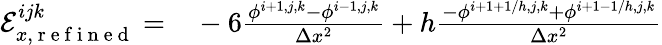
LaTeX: \begin{array}{rl}{\mathcal{E}_{x,\mathrm{~r~e~f~i~n~e~d~}}^{ijk}=}&{{}-6\frac{\phi^{i+1,j,k}-\phi^{i-1,j,k}}{\Delta x^{2}}+h\frac{-\phi^{i+1+1/h,j,k}+\phi^{i+1-1/h,j,k}}{\Delta x^{2}}}\end{array}